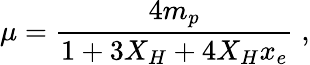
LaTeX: \mu=\frac{4m_{p}}{1+3X_{H}+4X_{H}x_{e}}\; ,